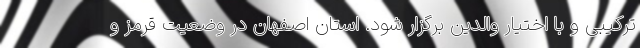
ترکیبی و با اختیار والدین برگزار شود. استان اصفهان در وضعیت قرمز و